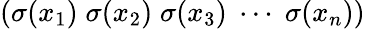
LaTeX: (\sigma(x_{1})\; \sigma(x_{2})\; \sigma(x_{3})\; \cdots\; \sigma(x_{n}))